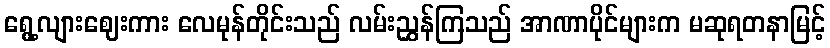
ရွေ့လျားဈေးကား လေမုန်တိုင်းသည် လမ်းညွှန်ကြသည် အာဏာပိုင်များက မဆုရတနာမြင့်